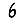
Digit: 6